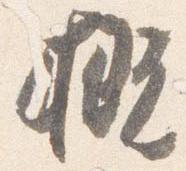
概